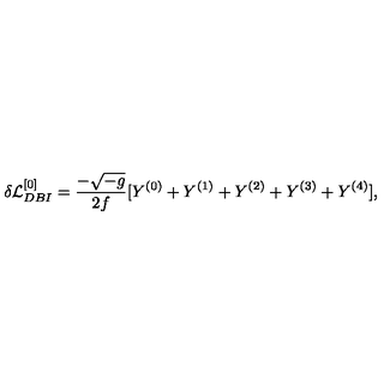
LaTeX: \delta { \cal L } _ { D B I } ^ { [ 0 ] } = \frac { - \sqrt { - g } } { 2 f } [ Y ^ { ( 0 ) } + Y ^ { ( 1 ) } + Y ^ { ( 2 ) } + Y ^ { ( 3 ) } + Y ^ { ( 4 ) } ] ,